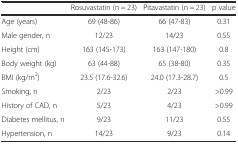
<table><thead><tr><td></td><td><b>Rosuvastatin (n = 23)</b></td><td><b>Pitavastatin (n = 23)</b></td><td><b>p value</b></td></tr></thead><tbody><tr><td>Age (years)</td><td>69 (48-86)</td><td>66 (47-83)</td><td>0.31</td></tr><tr><td>Male gender, n</td><td>12/23</td><td>14/23</td><td>0.55</td></tr><tr><td>Height (cm)</td><td>163 (145-173)</td><td>163 (147-180)</td><td>0.8</td></tr><tr><td>Body weight (kg)</td><td>63 (44-88)</td><td>65 (38-80)</td><td>0.35</td></tr><tr><td>BMI (kg/m<sup>2</sup>)</td><td>23.5 (17.6-32.6)</td><td>24.0 (17.3-28.7)</td><td>0.5</td></tr><tr><td>Smoking, n</td><td>2/23</td><td>2/23</td><td>&gt;0.99</td></tr><tr><td>History of CAD, n</td><td>5/23</td><td>4/23</td><td>&gt;0.99</td></tr><tr><td>Diabetes mellitus, n</td><td>9/23</td><td>11/23</td><td>0.55</td></tr><tr><td>Hypertension, n</td><td>14/23</td><td>9/23</td><td>0.14</td></tr></tbody></table>